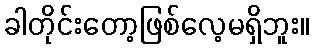
ခါတိုင်းတော့ဖြစ်လေ့မရှိဘူး။